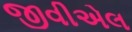
જીવીએલ